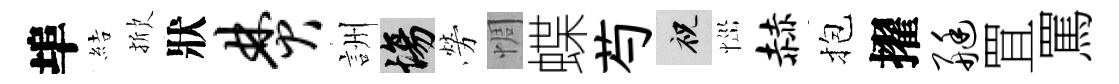
埠結掀狀焚詶場勞惆蝶芍祝𢙉赫抱擢艇罝罵